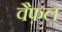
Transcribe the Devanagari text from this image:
वैफ़ल